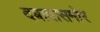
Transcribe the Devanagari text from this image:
दबावासमोर